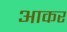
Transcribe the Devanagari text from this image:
अाकर